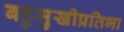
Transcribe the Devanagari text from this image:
बहुमुखीप्रतिभा